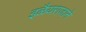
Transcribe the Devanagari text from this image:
इळैयराजाने